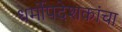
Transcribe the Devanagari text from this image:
धर्मोपदेशकांचा